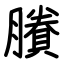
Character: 賸